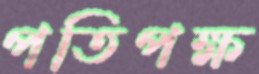
পতিপক্ষ